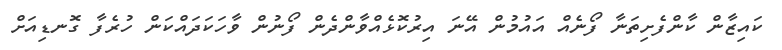
ކައިޒާން ކާންފެށިތަނާ ފޯނެއް އައުމުން އޭނަ އިރުކޮޅެއްވާންދެން ފޯނުން ވާހަކަދައްކަން ހުރެފާ ގޮނޑިއަށް